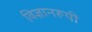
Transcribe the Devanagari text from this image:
विज्ञानरूपी